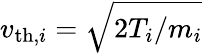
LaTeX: v_{\mathrm{th},i}=\sqrt{2T_{i}/m_{i}}